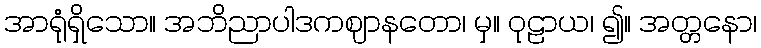
အာရုံရှိသော။ အဘိညာပါဒကဈာနတော၊ မှ။ ဝုဠာယ၊ ၍။ အတ္တနော၊